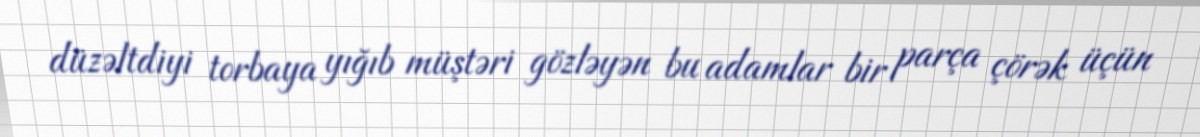
düzəltdiyi torbaya yığıb müştəri gözləyən bu adamlar bir parça çörək üçün